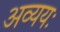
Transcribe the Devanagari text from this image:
अव्ययः